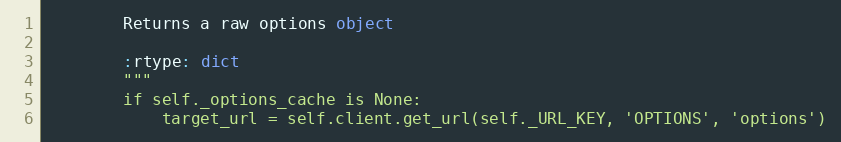
Language: Python
        Returns a raw options object

        :rtype: dict
        """
        if self._options_cache is None:
            target_url = self.client.get_url(self._URL_KEY, 'OPTIONS', 'options')